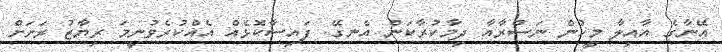
އޭނާގެ އާއިލާ މީހުން ނަސްރާއާ ދިމާކުރާކަން އެނގޭ. ފައިސާކޮޅެއް އެއްކުރެވުނީމަ ރިޔާޒު ރަށަށް